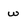
Character: w